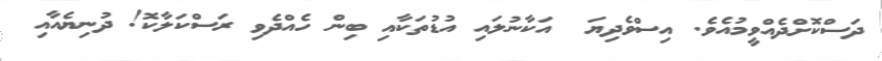
ދަސްކޮށްދެއްވީމުއެވެ. އިސްވެދިޔަ  އަކާނުލައި އުޑުތަކާއި ބިން ހެއްދެވި ރަސްކަލާކޮ! ދުނިޔެއާއި